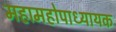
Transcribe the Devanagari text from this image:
महामहोपाध्यायक